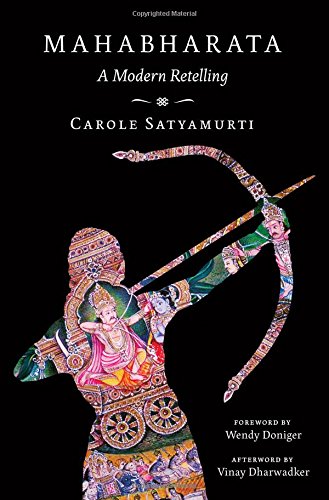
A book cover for Mahabharata: A Modern Retelling; Carole Satyamurti; Religion & Spirituality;